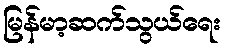
မြန်မာ့ဆက်သွယ်ရေး